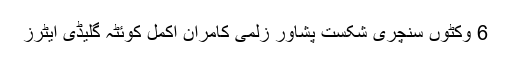
6 وکٹوں سنچری شکست پشاور زلمی کامران اکمل کوئٹہ گلیڈی ایٹرز